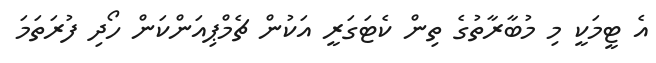
އެ ޓީމަކީ މި މުބާރާތުގެ ތިން ކެޓަގަރީ އަކުން ޗެމްޕިއަންކަން ހޯދި ފުރަތަމަ